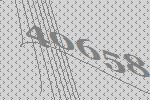
40658